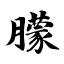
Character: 朦